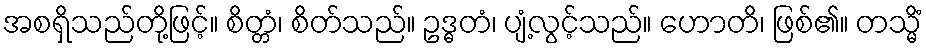
အစရှိသည်တို့ဖြင့်။ စိတ္တံ၊ စိတ်သည်။ ဥဒ္ဓတံ၊ ပျံ့လွင့်သည်။ ဟောတိ၊ ဖြစ်၏။ တသ္မိံ